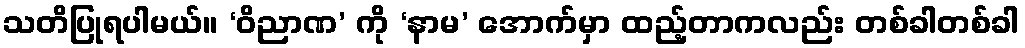
သတိပြုရပါမယ်။ ‘ဝိညာဏ’ ကို ‘နာမ’ အောက်မှာ ထည့်တာကလည်း တစ်ခါတစ်ခါ